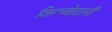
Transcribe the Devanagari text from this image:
शिरच्छेदाची